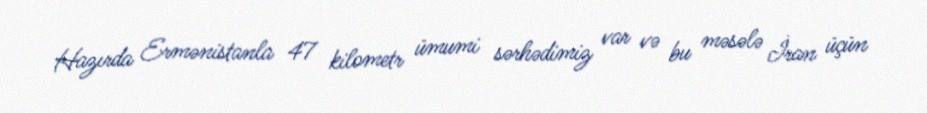
Hazırda Ermənistanla 47 kilometr ümumi sərhədimiz var və bu məsələ İran üçün